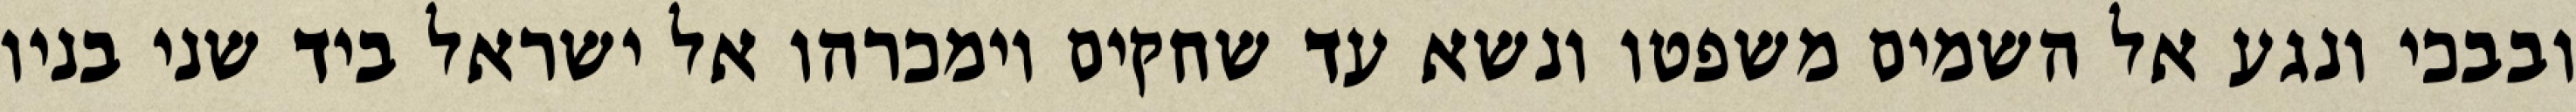
ובבכי ונגע אל השמים משפטו ונשא עד שחקים וימכרהו אל ישראל ביד שני בניו